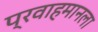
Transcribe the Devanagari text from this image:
प्रवाहमानला